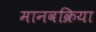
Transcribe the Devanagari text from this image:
मानवक्रिया